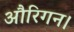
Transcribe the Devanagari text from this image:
औरिगन।